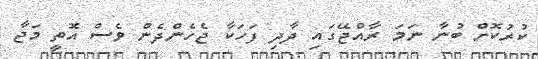
ކުރުކޮށް ބުނާ ނަމަ ރާއްޖޭގައި ދާދި ފަހަކާ ޖެހެންދެން ވެސް އޮތީ މަޖާ